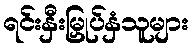
ရင်းနှီးမြှုပ်နှံသူများ